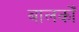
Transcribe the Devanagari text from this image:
बालकोँ